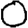
Digit: 0